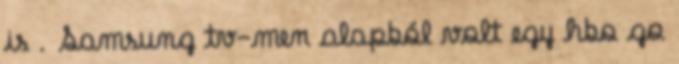
is . Samsung tv-men alapból volt egy hbo go